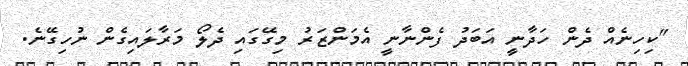
"ކިހިނެއް ދެން ހަދާނީ އަބަދު ފެންނާނީ އެމަންޒަރު މިގޭގައި ދެލޯ މަރާލައިގެން ނުހިގޭނެ.